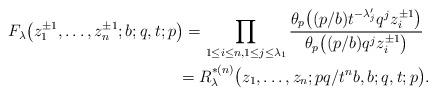
LaTeX: \begin{gather*}F_\lambda\big(z_1^{\pm 1},\dots,z_n^{\pm 1};b;q,t;p\big)=\prod_{1\le i\le n,1\le j\le \lambda_1}\frac{\theta_p\big((p/b) t^{-\lambda'_j} q^j z_i^{\pm 1}\big)} {\theta_p\big((p/b) q^j z_i^{\pm 1}\big)}\\\hphantom{F_\lambda\big(z_1^{\pm 1},\dots,z_n^{\pm 1};b;q,t;p\big)}{}=R^{*(n)}_\lambda\big(z_1,\dots,z_n;pq/t^nb,b;q,t;p\big).\end{gather*}